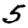
Digit: 5